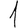
Digit: 1